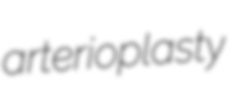
arterioplasty